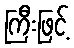
ကြီးဖြင့်